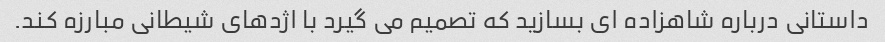
داستانی درباره شاهزاده ای بسازید که تصمیم می گیرد با اژدهای شیطانی مبارزه کند.